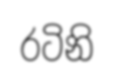
රටිනි